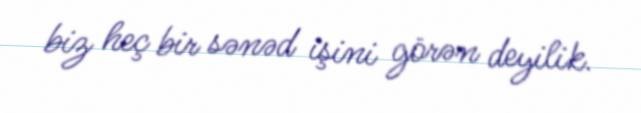
biz heç bir sənəd işini görən deyilik.